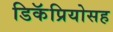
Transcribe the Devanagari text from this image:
डिकॅप्रियोसह